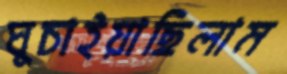
ঘুচাইয়াছিলাম